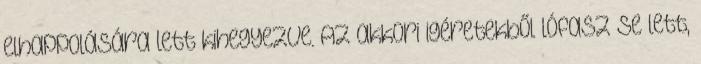
elhappolására lett kihegyezve. Az akkori igéretekből lófasz se lett,